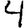
Digit: 4